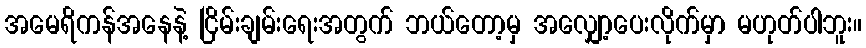
အမေရိကန်အနေနဲ့ ငြိမ်းချမ်းရေးအတွက် ဘယ်တော့မှ အလျှော့ပေးလိုက်မှာ မဟုတ်ပါဘူး။